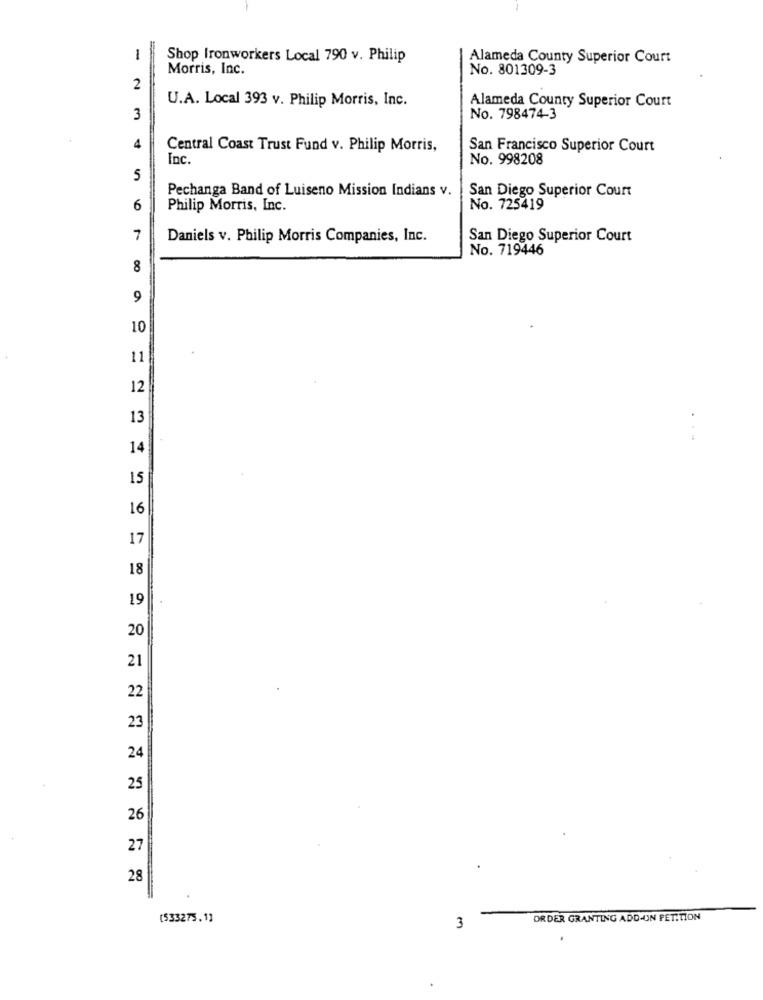
-
Shop Ironworkers Local 790 v. Philip
Alameda County Superior Court
Morris, Inc.
No. 801309-3
2
U.A. Local 393 v. Philip Morris, Inc.
Alameda County Superior Court
3
No. 798474-3
4
Central Coast Trust Fund v. Philip Morris,
San Francisco Superior Court
Inc
No. 998208
5
Pechanga Band of Luiseno Mission Indians v.
San Diego Superior Court
6
Philip Morris, Inc.
No. 725419
7
Daniels v. Philip Morris Companies, Inc.
San Diego Superior Court
No. 719446
8
9
10
11
12
13
14
15
16
17
18
19
20
21
22
23
24
25
26
27
28
(533275.1]
ORDER GRANTING ADD-ON PETITION
3